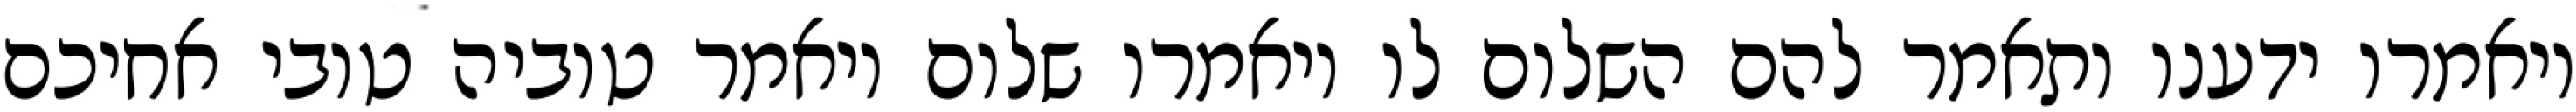
ויאמרו ידענו ותאמר להם השלום לו ויאמרו שלום ויאמר טוביה טובי אחיכם